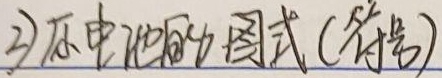
3) 画电池的方图式（符号），将“方图式”改为“方框图”可能更合适，即“3) 画电池的方框图（符号）”